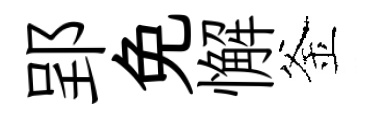
郢免懈釜